Memorandum on the prevention of leprosy by segregation of the affected
Disease focus: Leprosy
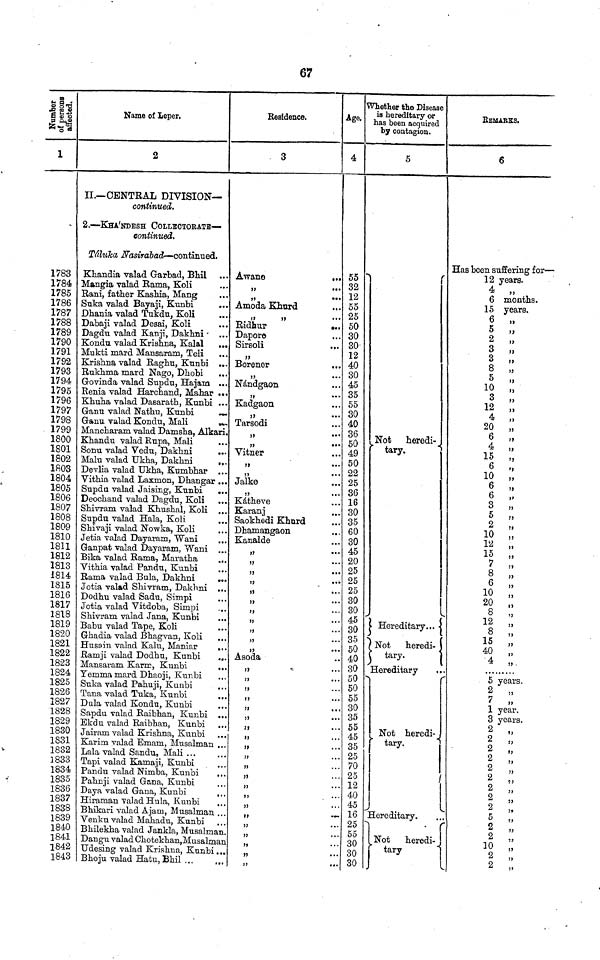
67
Number of persons affected.
1
1783
1784
1785
1786
1787
1788
1789
1790
1791
1792
1793
1794
1795
1796
1797
1798
1799
1800
1801
1802
1803
1804
1805
1806
1807
1808
1809
1810
1811
1812
1813
1814
1815
1816
1817
1818
1819
1820
1821
1822
1823
1824
1825
1826
1827
1828
1829
1830
1831
1832
1833
1834
1835
1836
1837
1838
1839
1841
1843
Name of Leper.
2
II.— CENTRAL DIVISION—
continued.
2. — KHA'NDESH COLLECTORATE—
continued.
Taluka Nasirabad — continued,
Khandia valad Garbad, Bhil
Mangia valad Rama, Koli
Rani, father Kashia, Mang
Suka valad Bayaji, Kunbi
Dhania valad Tukdu, Koli
Dabaji valad Desai, Koli
Dagdu valad Kanji, Dakhni
Kondu valad Krishna, Kalal
Mukti mard Mansaram, Teli
Krishna valad Raglm, Kunbi ...
Rukhma mard Nago, Dhobi
Govinda valad Supdu, Hajaia ...
Eenia valad Harchand, Mahar ...
Khuha valad Dasarath, Kunbi ...
Ganu valad Nathu, Kunbi
Ganu valad Kondu, Mali
Mancharam valad Damsha, Alkari,
Khandu valad Rupa, Mali
Sonu valad Vedu, Dakhni
...
Malu valad Ukha, Dakhni
Devlia valad Ukha, Kumbhar . .
Vithia valad Laxraon, Dhangar . .
Supdu valad Jaising, Kunbi
. .
Deochand valad Dagdu, Koli
Shivram valad Khushal, Koli . .
Supdu valad Hala, Koli
. .
Shivaji valad Nowka, Koli
Jetia valad Dayaram, Wani
Ganpat valad Dayaram, Wani ...
Bika valad Rama, Maratha
Vithia valad Pandu, Kunbi
Rama valad Bula, Dakhni
..
Jotia valad Shivram, Dakhni .,
Dodhu valad Sadu, Simpi
Jotia valad Vitdoba, Simpi
Shivram valad Jana, Kunbi
Babu valad Tape, Koli
Ghadia valad Bhagvan, Koli
Husain valad Kalu, Maniar
Ramji valad Dodhu, Kunbi
Mansaram Kar\ill\, Kunbi
.
Yemma mard Dhaoji, Kunbi
Suka valad Pahuji, Kunbi
Tana valad Tuka, Kunbi
Dula valad Kondu, Kunbi
..
Sapdu valad Raibhan, Kunbi ..
Ekdu valad Raibhan, Kunbi
Jairam valad Krishna, Kunbi
Karim valad Emarn, Musalman
Lala valad Sandu, Mali
Tapi valad Kamaji, Kunbi
Pandu valad Nimba, Kunbi
Pahnji valad Gana, Kunbi
.,
Daya valad Gana, Kunbi
Hiraman valad Hula, Kunbi
Bhikari valad A jam, Musalman
Bilekha valad jankla, Musalan
Udesing valad Krishna, Kunbi ...
Bhoju valad Hatu, Bhil ...
,,,
Residence.
3
Awane
"
"
Amoda Khurd
"
Bidhur
Dapore
Sirsoli
"
Borener
"
Nandgaon
"
Kadgaon
"
Tarsodi
"
Vitner
"
Jalke
"
Katheve
Karanj
Saokhedi Khurd
Dhamangaon
..
Kanalde
Asoda
"
"
"
"
"
"
"
Age.
4
55
32
12
55
25
50
30
30
12
40
30
45
35
55
30
40
36
50
49
50
22
25
36
16
30
35
60
30
45
20
25
25
25
30
30
45
30
35
50
40
30
50
50
55
30
35
55
45
35
25
70
25
12
40
45
16
25
55
30
30
30
Whether the Disease
is hereditary or
has been acquired
by contagion.
5
Not heredi-
tary.
Hereditary
Not
heredi-
tary.
Hereditary
Not heredi-.
tary.
Hereditary.
Not
heredi-
tary
REMARKS.
6
Has been suffering for —
12 years.
6 months.
15 years.
6 „
5 „
2 „
3 „
3 „
8 ,,
5 „
10 „
3 „
12 „
4 „
20 „
6 „
4 „
15 „
6 „
10 "
6 „
6 „
3 „
5 „
2 „
10 „
12 „
15 „
7 "
8 "
6 "
10 „
20 „
8 "
12 „
8 „
15 „
40 "
5 years.
2 „
7 „
1 year.
3 years.
2 "
2
„
2
"
2
"
2 "
2
"
2 "
2 "
2 "
10 "
2
"
2 „